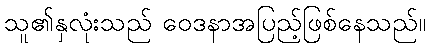
သူ၏နှလုံးသည် ဝေဒနာအပြည့်ဖြစ်နေသည်။